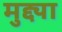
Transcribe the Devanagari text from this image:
मुद्द्या